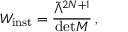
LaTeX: { \cal W } _ { \mathrm { i n s t } } = \frac { \tilde { \Lambda } ^ { 2 N + 1 } } { \mathrm { d e t } M } \, ,